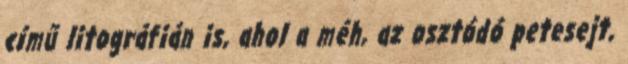
című litográfián is, ahol a méh, az osztódó petesejt,